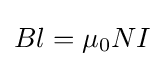
Bl=\mu _{0}NI